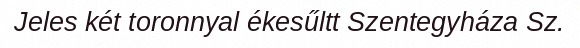
Jeles két toronnyal ékesűltt Szentegyháza Sz.